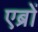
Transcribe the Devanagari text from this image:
एब्रों